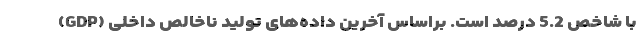
با شاخص 5.2 درصد است. براساس آخرین داده‌های تولید ناخالص داخلی (GDP)